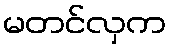
မတင်လှက